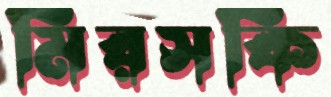
মিরসকি